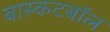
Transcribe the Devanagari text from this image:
बास्कटबॉल